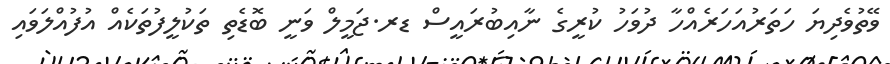
ވޭތުވެދިޔަ ހަތަރުއަހަރެއްހާ ދުވަހު ކުރީގެ ނާއިބުރައީސް ޑރ.ޖަމީލް ވަނީ ބޮޑެތި ތަކުލީފުތަކެއް އުފުއްލަވައި